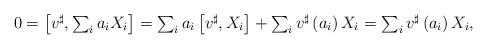
LaTeX: \begin{align*}0 = \textstyle\left[v^\sharp,\sum_i a_i X_i\right] = \sum_i a_i \left[v^\sharp,X_i\right] + \sum_i v^\sharp\left(a_i\right) X_i = \sum_i v^\sharp\left(a_i\right) X_i,\end{align*}